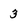
Character: 3